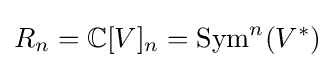
R_{n}=\mathbb {C} [V]_{n}=\operatorname {Sym} ^{n}(V^{*})